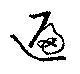
遍